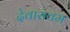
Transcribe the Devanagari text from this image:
देवासवम